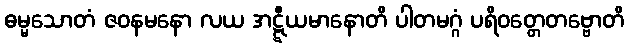
ဓမ္မသောတံ ဇဝနမနော လယ အဋ္ဋီယမာနောတိ ပါတမဂ္ဂံ ပရိဝတ္တေတဗ္ဗောတိ